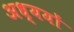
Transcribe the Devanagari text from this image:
अध्ययों